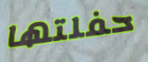
حفلتها